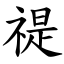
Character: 禔